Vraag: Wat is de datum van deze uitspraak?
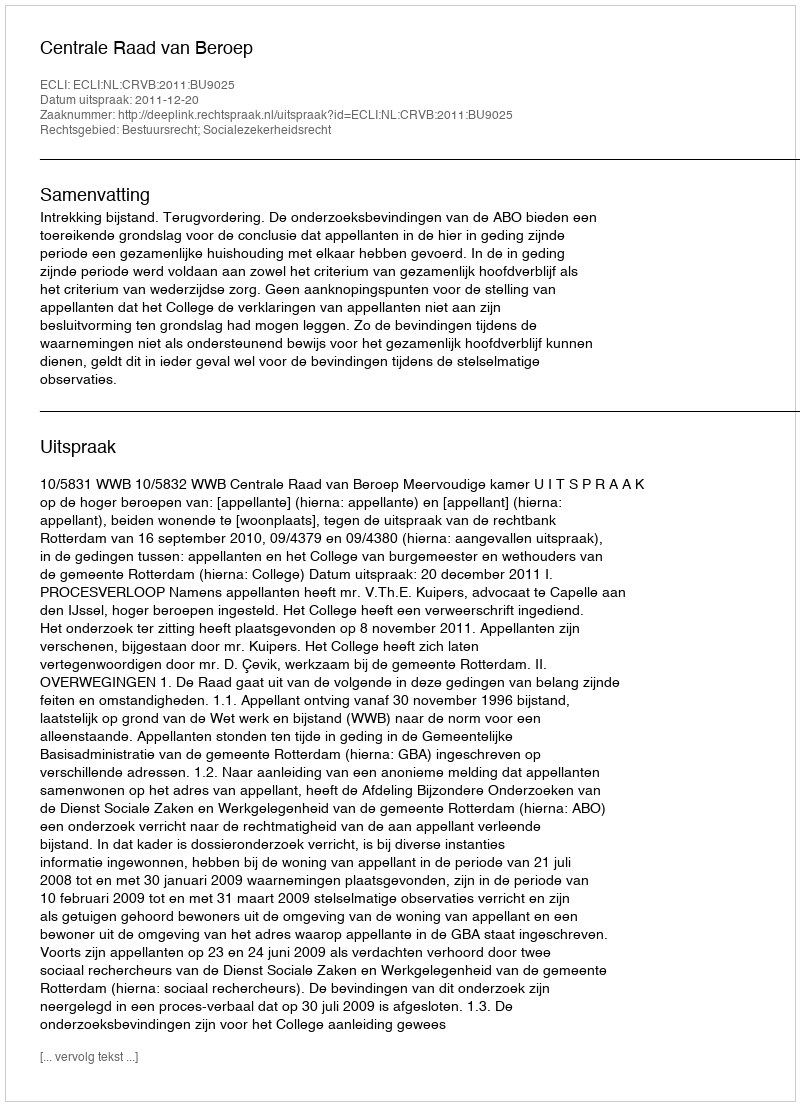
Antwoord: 2011-12-20